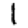
Digit: 1